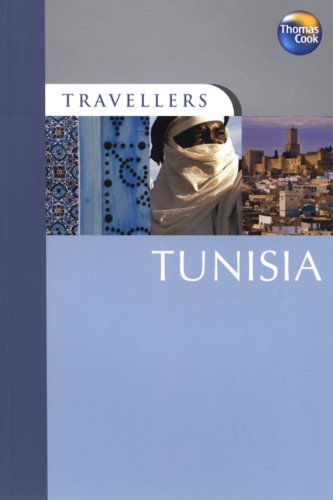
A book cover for Travellers Tunisia, 3rd (Travellers - Thomas Cook); Diana Darke; Travel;